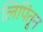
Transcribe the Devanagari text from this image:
लिपितून